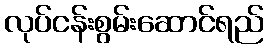
လုပ်ငန်းစွမ်းဆောင်ရည်